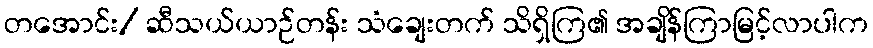
တအောင်း/ ဆီသယ်ယာဉ်တန်း သံချေးတက် သိရှိကြ၏ အချိန်ကြာမြင့်လာပါက